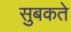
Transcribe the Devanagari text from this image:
सुबकते